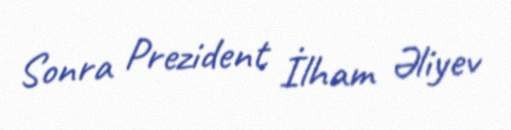
Sonra Prezident İlham Əliyev